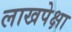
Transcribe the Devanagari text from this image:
लाखपेक्षा